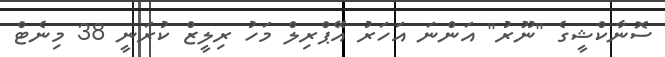
ސޮނާކްޝީގެ "ނޫރު" އަންނަ އަހަރު އޭޕްރިލް މަހު ރިލީޒް ކުރަނީ 38 މިނެޓް